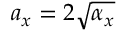
a _ { x } = 2 \sqrt { \alpha _ { x } }